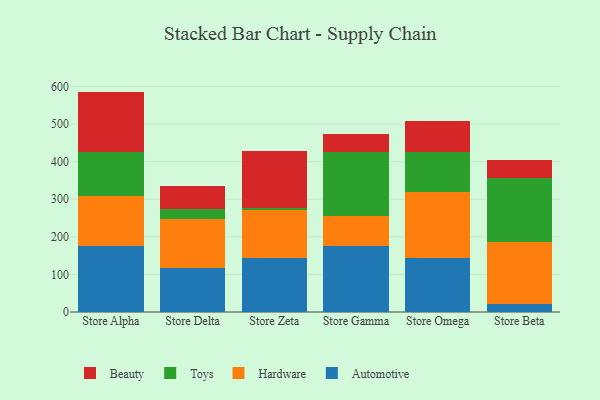
{"axis": {"x": "Store", "y": "Temperature (°C)"}, "legend": ["Automotive", "Beauty", "Hardware", "Toys"], "data": [{"x": "Store Alpha", "y": 176.6, "type": "Automotive"}, {"x": "Store Alpha", "y": 131.5, "type": "Hardware"}, {"x": "Store Alpha", "y": 116.5, "type": "Toys"}, {"x": "Store Alpha", "y": 161.9, "type": "Beauty"}, {"x": "Store Delta", "y": 116.8, "type": "Automotive"}, {"x": "Store Delta", "y": 130.5, "type": "Hardware"}, {"x": "Store Delta", "y": 25.8, "type": "Toys"}, {"x": "Store Delta", "y": 62.7, "type": "Beauty"}, {"x": "Store Zeta", "y": 143.8, "type": "Automotive"}, {"x": "Store Zeta", "y": 126.9, "type": "Hardware"}, {"x": "Store Zeta", "y": 7.2, "type": "Toys"}, {"x": "Store Zeta", "y": 151.4, "type": "Beauty"}, {"x": "Store Gamma", "y": 176.3, "type": "Automotive"}, {"x": "Store Gamma", "y": 79.1, "type": "Hardware"}, {"x": "Store Gamma", "y": 170.6, "type": "Toys"}, {"x": "Store Gamma", "y": 48.0, "type": "Beauty"}, {"x": "Store Omega", "y": 143.2, "type": "Automotive"}, {"x": "Store Omega", "y": 176.8, "type": "Hardware"}, {"x": "Store Omega", "y": 104.7, "type": "Toys"}, {"x": "Store Omega", "y": 83.9, "type": "Beauty"}, {"x": "Store Beta", "y": 20.8, "type": "Automotive"}, {"x": "Store Beta", "y": 165.9, "type": "Hardware"}, {"x": "Store Beta", "y": 170.2, "type": "Toys"}, {"x": "Store Beta", "y": 48.5, "type": "Beauty"}]}